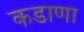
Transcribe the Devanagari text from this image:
कडाणा